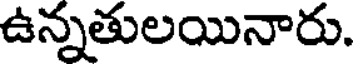
ఉన్నతులయినారు.